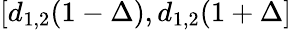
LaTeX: [d_{1,2}(1-\Delta),d_{1,2}(1+\Delta]